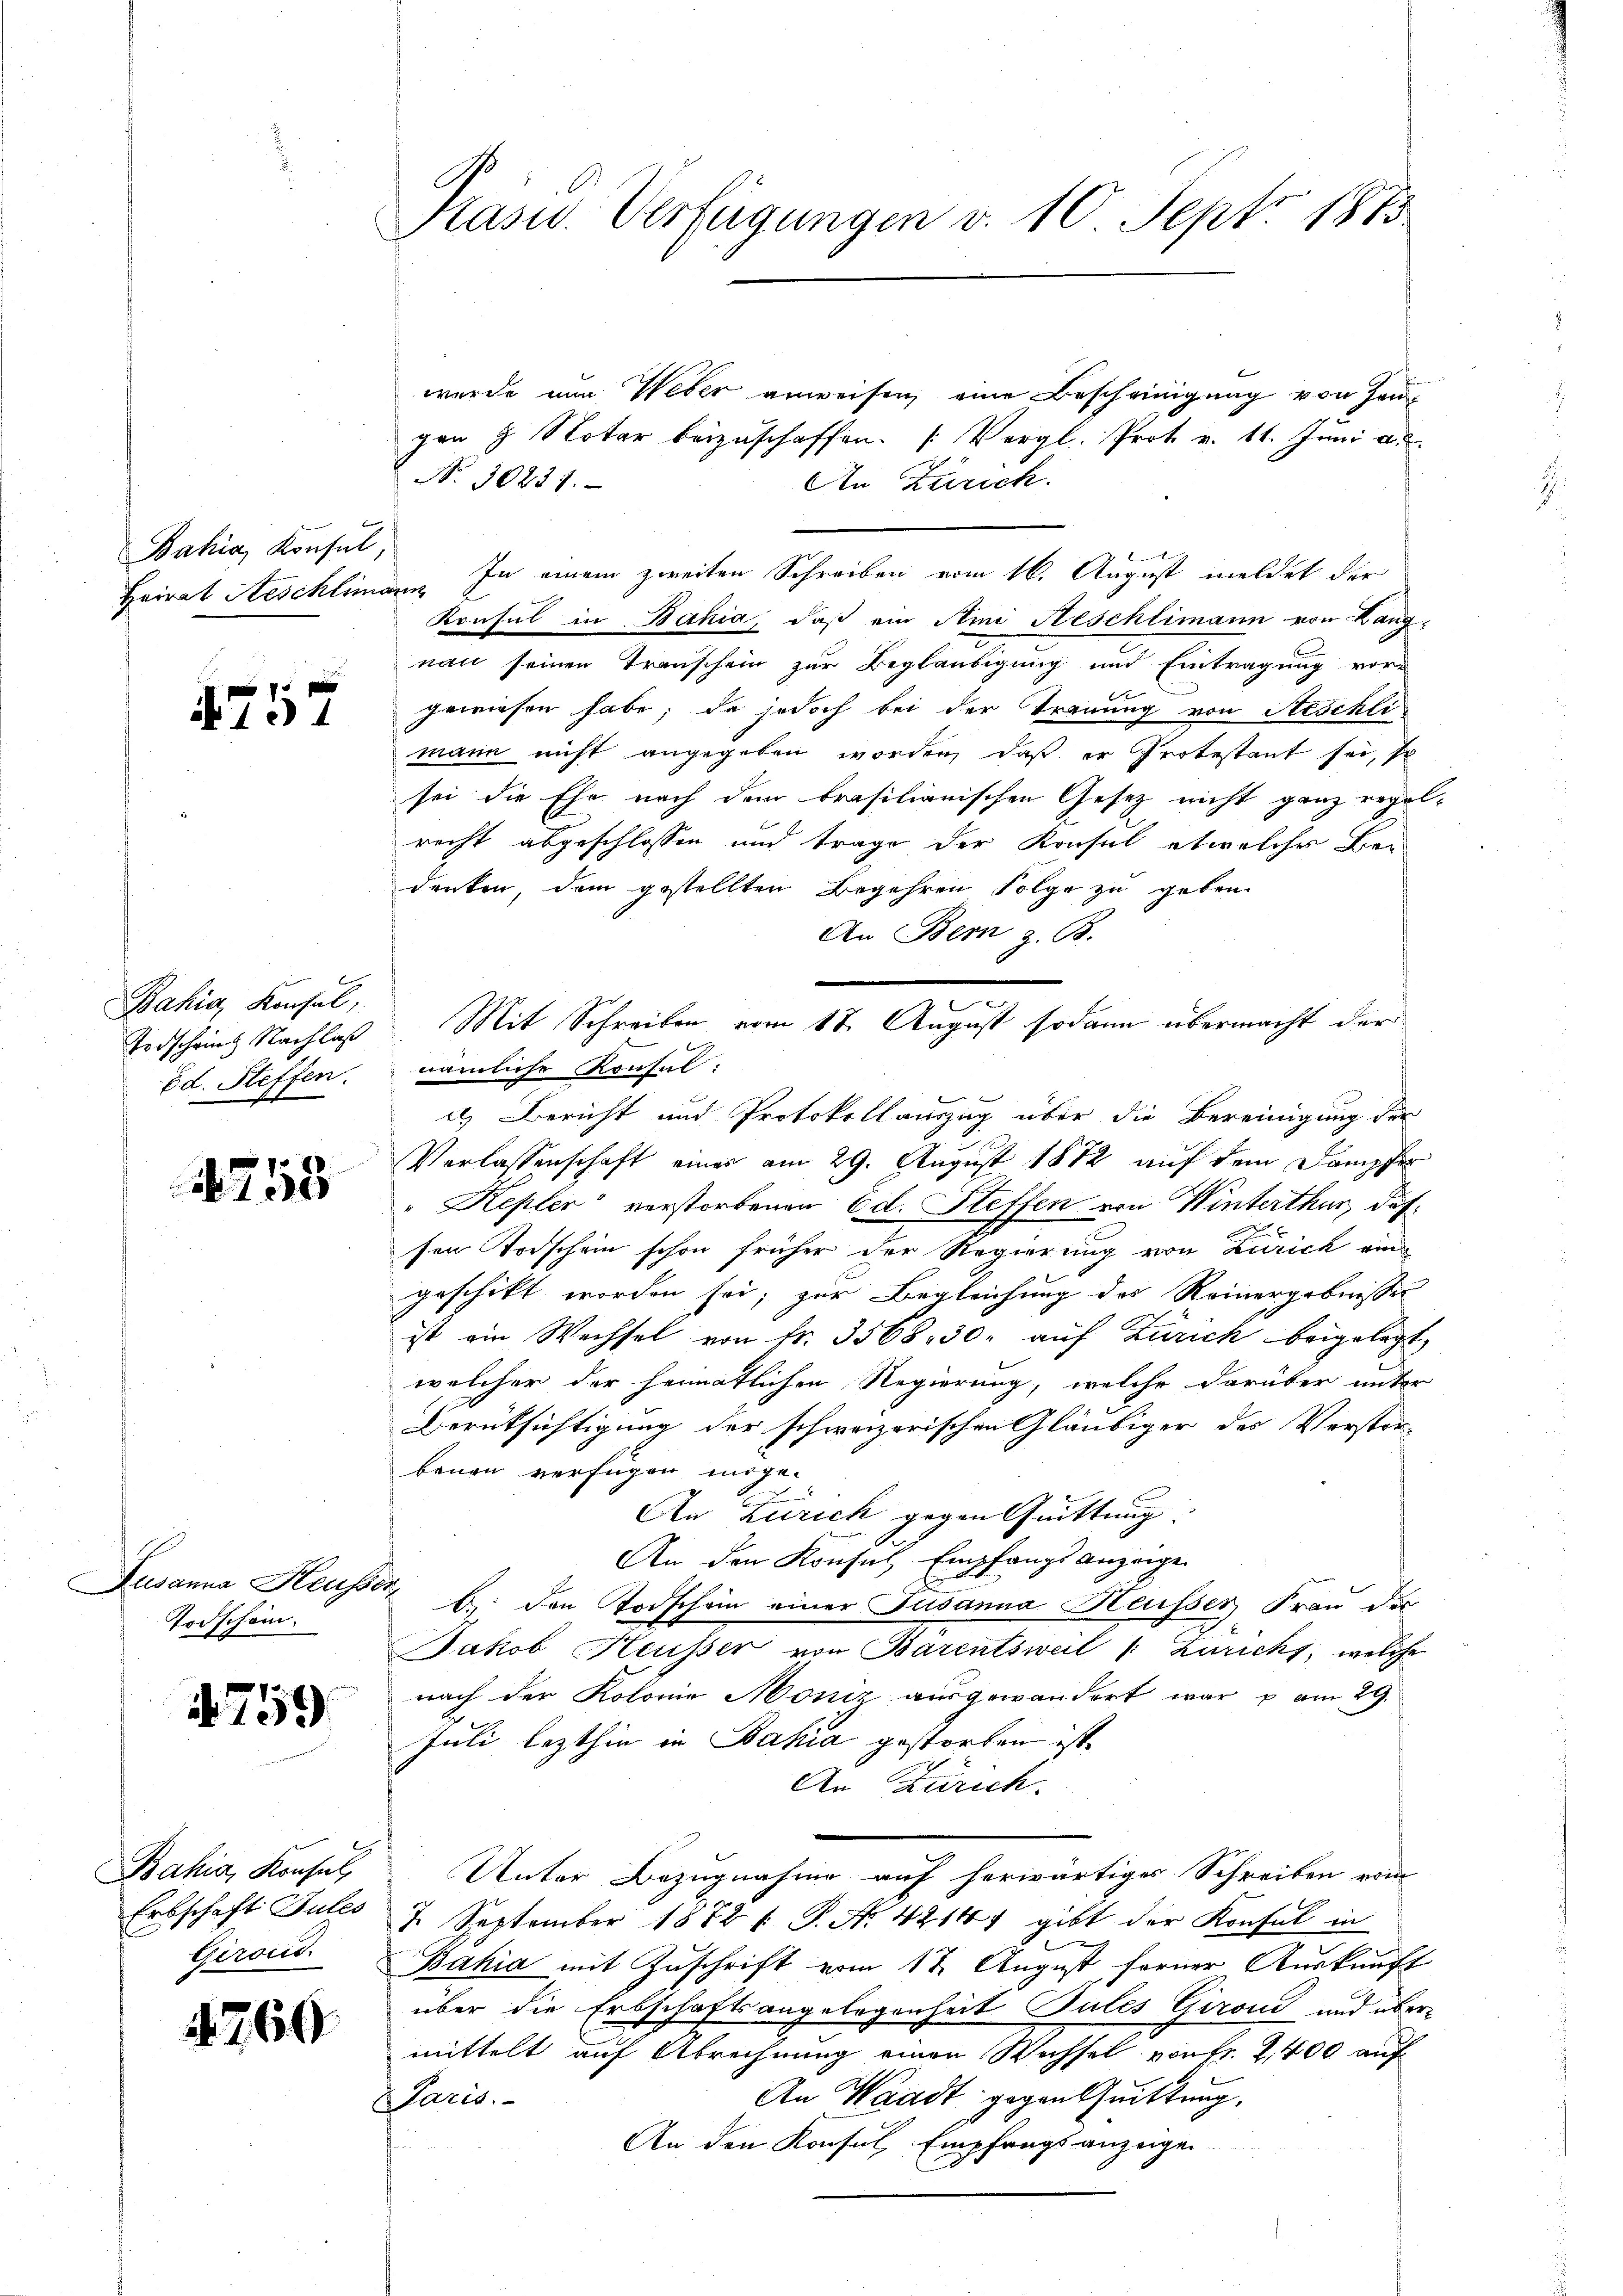
Bahia, Konsul
Heirat Aeschlima

4757

Bahia, Konsul,
Todscheines Nachlaß
Ed. Steffen.

753

Todschein.

759.

Bahia, Konsul
Erbschaft Sules
Geroud

4760

Kasu. Verfügungen v. 10 Sept. 1873.

wurde nun Weber anweisen, eine Bescheinigung von Zeugen 9. Notar beizuschaffen. (Vergl. Prot v. 11. Juni a.
No. 30237.
An Zürich.
E
de. In einem zweiten Schreiben vom 16. August meldet der
Konsul in Bahia, daß ein Ami Heschlimann von Lang-
nau seinen Transchein zur Beglaubigung und Eintragung vor-
gewiesen habe; da jedoch bei der Trauung von Steschli
mann nicht angegeben worden, daß er Protestant sei, so
sei die Ehe nach dem brasilianischen Gesetz nicht ganz regel-
recht abgeschlossen und trage der Konsul etwelches Ber
denken, dem gestellten Begehren Folge zu geben.
An Bern z. B.
nämliche Konsul:
es Bericht und Protokollauszug über die Bereinigung der
Verlassenschaft eines am 29. August 1882 auf dem Dampfer
"Kepler verstorbenen Ed. Steffen von Winterthur, das
sen Todschein schon früher der Regierung von Zürich ein
geschikt worden sei, zur Begleichung des Reinergebnissen
ist ein Wechsel von fr. 3568. 30. aŭf Zürich beigelegt,
welcher der heimatlichen Regierung, welche darüber unter
Berüksichtigung der schweizerischen Gläubiger des Verstor-
bauen verfügen möge.
An Zürich gegen Quittung.
An den Konsul, Empfangs anzeige
Susanna Heusser B. den Todschein einer Jusanna Heusser Frau die
Jakob Heusser von Barentsweil (: Zurichs, welche
nach der Kolonie Moniz ausgewandert war u. am 29.
Juli lezthin in Bahia gestorben ist.
An Zürich.
Unter Bezugnahme auf herwärtiges Schreiben vom
7. September 1872 t. P. A. 4214, gibt der Konsul in
Bahia mit Zuschrift vom 12. August ferner Auskunft
über die Erbschaftsangelegenheit Pules Giroud und übermittelt auf Abrechnung einen Wechsel von Fr. 2,400 auf
An Waadt gegen Quittung,
Paris.
An den Konsul, Empfangsanzeigen

Mit Schreiben vom 17. August sodann übermacht der